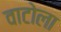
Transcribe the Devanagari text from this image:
वाटोला